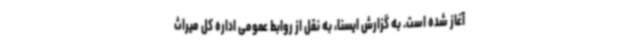
آغاز شده است. به گزارش ایسنا، به نقل از روابط عمومی اداره کل میراث